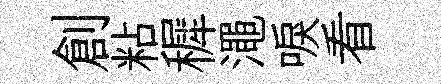
創粘穉澠唳看